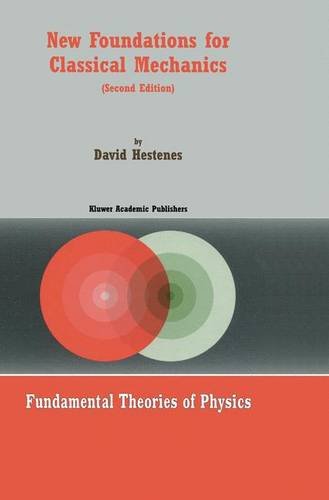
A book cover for New Foundations for Classical Mechanics (Fundamental Theories of Physics); David Hestenes; Science & Math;